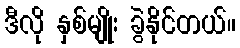
ဒီလို နှစ်မျိုး ခွဲနိုင်တယ်။